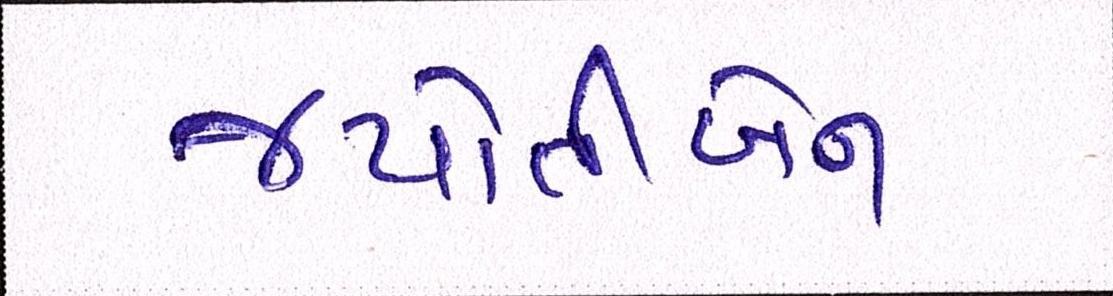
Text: જયોતીબેન